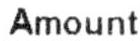
AMOUNT